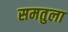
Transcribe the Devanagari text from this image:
समतुला